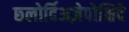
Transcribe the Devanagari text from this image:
छ्लोर्दिअज़ेपोक्षिदे